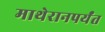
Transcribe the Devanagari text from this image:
माथेरानपर्यंत